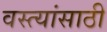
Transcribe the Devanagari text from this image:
वस्त्यांसाठी